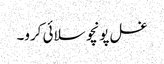
غسل پونچو سلائی کرو۔